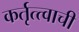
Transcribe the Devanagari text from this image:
कर्तृत्त्वाची